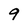
Character: 9